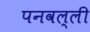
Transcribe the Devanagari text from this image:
पनवल्ली